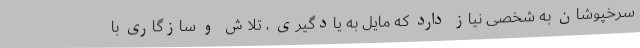
سرخپوشان به شخصی نیاز دارد که مایل به یادگیری ، تلاش و سازگاری با